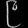
Digit: ၉